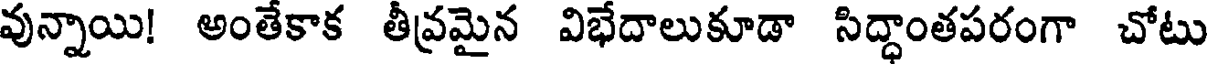
వున్నాయి! అంతేకాక తీవ్రమైన విభేదాలుకూడా సిద్ధాంతపరంగా చోటు